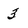
Character: 3